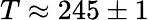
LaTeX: T\approx 245\pm 1